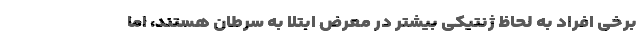
برخی افراد به لحاظ ژنتیکی بیشتر در معرض ابتلا به سرطان هستند، اما